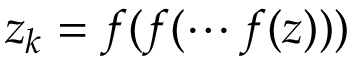
z _ { k } = f ( f ( \cdots f ( z ) ) )